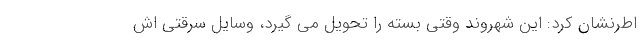
اطرنشان کرد: این شهروند وقتی بسته را تحویل می گیرد، وسایل سرقتی اش